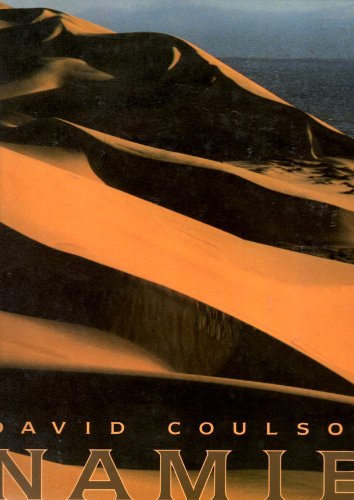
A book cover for Namib; David Coulson; Travel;